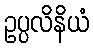
ဥပ္ပလိနိယံ